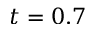
t = 0 . 7